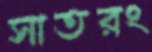
সাতরং